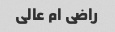
راضی ام عالی